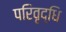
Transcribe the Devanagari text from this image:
परिवृद्धि